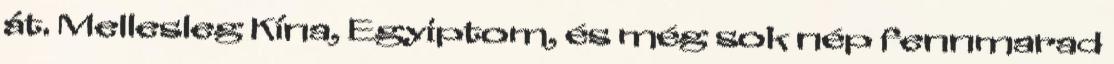
át. Mellesleg Kína, Egyiptom, és még sok nép fennmarad